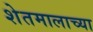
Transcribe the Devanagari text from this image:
शेतमालाच्या